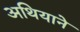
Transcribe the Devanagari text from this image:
अथियाने